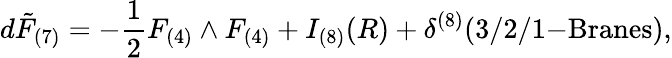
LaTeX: d\tilde{F}_{(7)}=-\frac{1}{2}F_{(4)}\wedge F_{(4)}+I_{(8)}(R)+\delta^{(8)}(3/2/1\mathrm{-Branes}),